Lunatic asylums United Provinces 1899-1908 - 1899-1908
Year: 1899
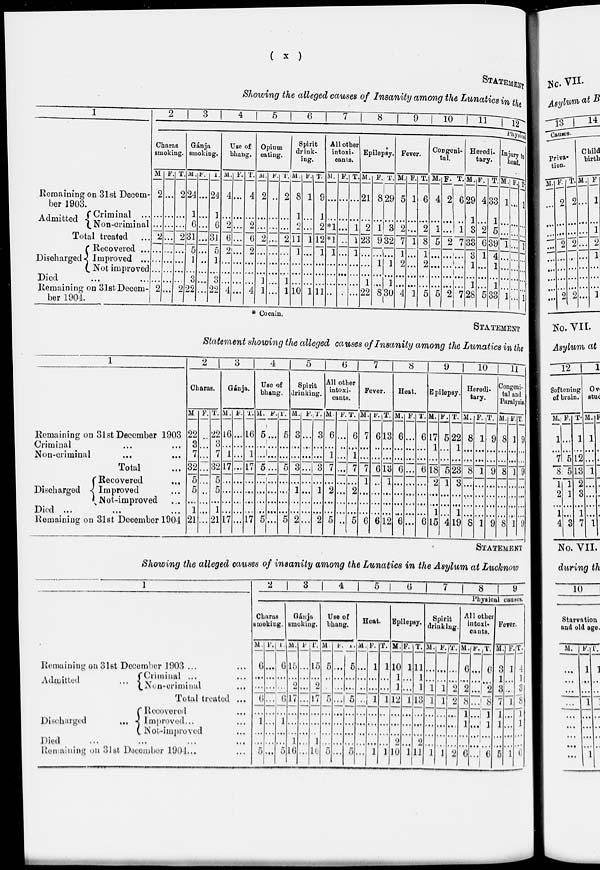
(x)
STATEMENT
Showing the alleged causes of Insanity among the Lunatics in the
1
Remaining on 31st Decem-
ber 1903.
Admitted
Criminal ...
Non-criminal
Total treated ...
Discharged
Recovered ...
Improved ...
Not improved
Died ... ...
Remaining on 31st Decem-
ber 1904.
2
3
4
5
6
7
8
9
10
11 l2
Physical
Charas
smoking.
M
2
...
...
2
...
...
...
...
2
F.
...
...
...
...
...
...
...
...
...
T.
2
...
...
2
...
...
...
...
2
Gánja
smoking.
M.
24
1
6
31
5
1
...
3
22
F.
...
...
...
...
...
...
...
...
...
T.
24
1
6
31
5
1
...
3
22
Use of
bhang.
M.
4
...
2
6
2
...
...
...
4
F.
...
...
...
...
...
...
...
...
...
T.
4
...
2
6
2
...
...
...
4
Opium
eating.
M.
2
...
...
2
...
...
...
1
1
F.
...
...
...
...
...
...
...
...
...
T.
2
...
...
2
...
...
...
1
1
Spirit
drink-
ing.
M.
8
1
2
11
1
...
...
...
10
F.
1
...
...
1
...
...
...
...
1
T.
9
1
2
12
1
...
...
...
11
All other
intoxi-
cants.
M.
...
...
*1
*1
1
...
...
...
...
F.
...
...
...
...
...
...
...
...
...
T.
...
...
1
1
1
...
...
...
...
Epilepsy.
M.
21
...
2
23
...
...
...
1
22
F.
8
...
1
9
...
1
...
...
8
T.
29
...
3
32
...
1
...
1
30
Fever.
M.
5
...
2
7
1
2
...
...
4
F.
1
...
...
1
...
...
...
...
1
T.
6
...
2
8
1
2
...
...
5
Congeni-
tal.
M.
4
...
1
5
...
...
...
...
5
F.
2
...
...
2
...
...
...
...
2
T.
6
...
1
7
...
...
...
...
7
Heredi-
tary.
M.
29
1
3
33
3
1
...
1
28
F.
4
...
2
6
1
...
...
...
5
T.
33
1
5
39
4
1
...
1
33
Injury to
head.
M.
1
...
...
1
...
...
...
...
1
T.
...
...
...
...
...
...
...
...
...
T.
1
...
...
1
...
...
...
...
1
* Cocain.
STATEMENT
Statement showing the alleged causes of Insanity among the Lunatics in the
1
Remaining on 31st December 1903
Criminal
...
...
Non-criminal
...
...
Total...
Discharged
Recovered ...
Improved ...
Not improved ...
Died
...
...
...
Remaining on 31st December 1904
2
Charas.
M
22
3
7
32
5
5
...
1
21
F.
...
...
...
...
...
...
...
...
...
T.
22
3
7
32
5
5
...
1
21
3
Gánja.
M.
16
...
1
17
...
...
...
...
17
F.
...
...
...
...
...
...
...
...
...
T.
16
...
1
17
...
...
...
...
17
4
Use of
bhang.
M.
5
...
...
5
...
...
...
...
5
F.
...
...
...
...
...
...
...
...
...
T.
5
...
...
5
...
...
...
...
5
5
Spirit
drinking.
M.
3
...
...
3
...
1
...
...
2
F.
...
...
...
...
...
...
...
...
...
T.
3
...
...
3
...
1
...
...
2
6
All other
intoxi-
cants.
M.
6
...
1
7
...
2
...
...
5
F.
...
...
...
...
...
...
...
...
...
T.
6
...
1
7
...
2
...
...
5
7
Fever.
M.
7
...
...
7
1
...
...
...
6
F.
6
...
...
6
...
...
...
...
6
T.
13
...
...
13
1
...
...
...
12
8
Heat.
M.
6
...
...
6
...
...
...
...
6
F.
...
...
...
...
...
...
...
...
...
T.
6
...
...
6
...
...
...
...
6
9
Epilepsy.
M.
17
1
...
18
2
...
...
1
15
F.
5
...
...
5
1
...
...
...
4
T.
22
1
...
23
3
...
...
1
19
10
Heredi-
tary.
M.
8
...
...
8
...
...
...
...
8
F.
1
...
...
1
...
...
...
...
1
T.
9
...
...
9
...
...
...
...
9
11
Congeni-
tal and
Paralysis.
M.
8
...
...
8
...
...
...
...
8
F.
1
...
...
1
...
...
...
...
1
T.
9
...
...
9
...
...
...
...
9
STATEMENT
Showing the alleged causes of insanity among the Lunatics in the Asylum at Lucknow
1
Remaining on 31st December 1903 ...
Admitted ...
Criminal ... ...
Non-criminal ...
Total treated ...
Discharged
Recovered ...
Improved ...
Not-improved ...
Died ... ... ... ...
Remaining on 31st December 1904 ...
2
3
4
5
6
7
8 9
Physical causes.
Charas
smoking.
M.
6
...
...
6
...
1
...
...
5
F.
...
...
...
...
...
...
...
...
...
T.
6
...
...
6
...
1
...
...
5
Gánja
smoking.
M.
15
...
2
17
...
...
...
1
16
F
...
...
...
...
...
...
...
...
...
T.
15
...
2
17
...
...
...
1
16
Use of
bhang.
M
5
...
...
5
...
...
...
...
5
F.
...
...
...
...
...
...
...
...
...
T.
5
...
...
5
...
...
...
...
5
Heat.
M.
...
...
...
...
...
...
...
...
...
F.
1
...
...
1
...
...
...
...
1
T.
1
...
...
1
...
...
...
...
1
Epilepsy.
M
10
1
1
12
...
...
...
2
10
F.
1
...
...
1
...
...
...
...
1
T.
11
1
1
13
...
...
...
2
11
Spirit
drinking.
M.
...
...
1
1
...
...
...
...
1
F.
...
...
1
1
...
...
...
...
1
T.
...
...
2
2
...
...
...
...
2
All other
in toxi-
cants.
M.
6
...
2
8
1
1
...
...
6
F.
...
...
...
...
...
...
...
...
...
T.
6
...
2
8
1
1
...
...
6
Fever.
M.
3
1
3
7
1
1
...
...
5
F.
1
...
...
1
...
...
...
...
1
T.
4
1
3
8
1
1
...
...
6